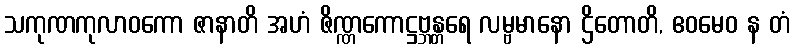
သကုဏကုလာဝကော ဇာနာတိ အဟံ ဇိဏ္ဏကောဋ္ဌဗ္ဘန္တရေ လမ္ဗမာနော ဌိတောတိ, ဧဝမေဝ န တံ